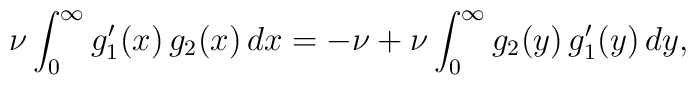
\nu \int_{0}^{\infty}g_{1}'(x)\,g_{2}(x)\,dx=-\nu+\nu\int_{0}^{\infty}g_{2}(y)\,g_{1}'(y)\,dy,